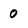
Character: 0